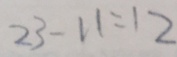
2 3 - 1 1 = 1 2